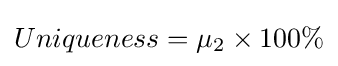
Uniqueness=\mu _{2}\times 100\%